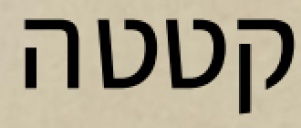
קטטה